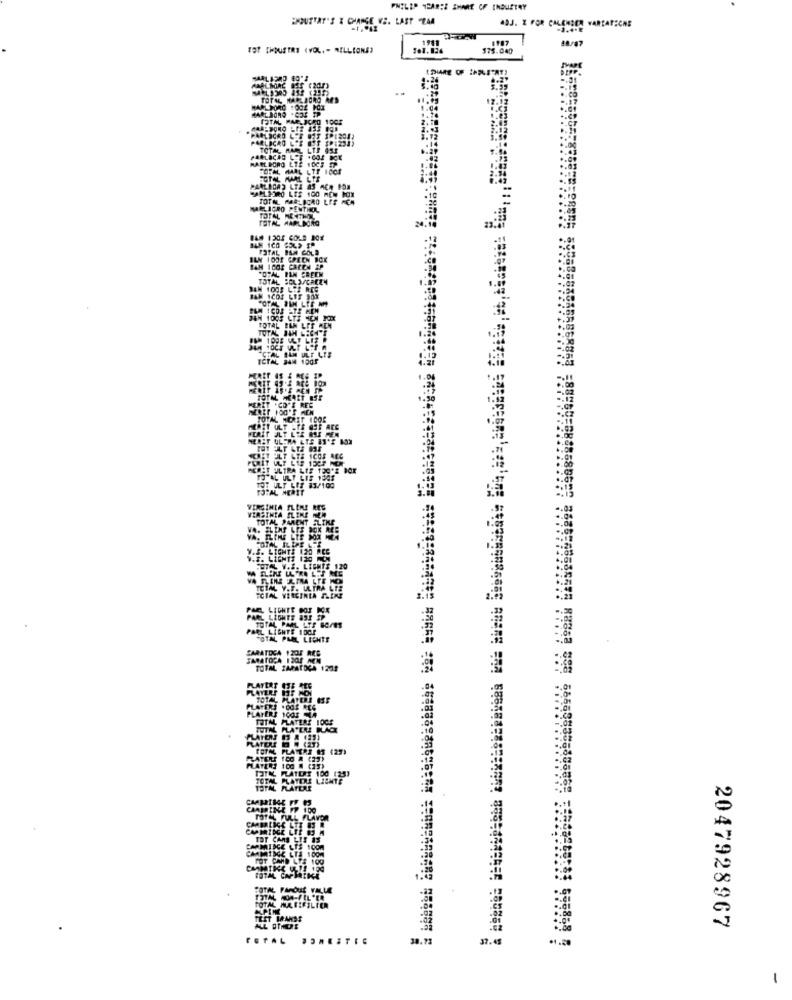
PHILIP YCARTE SHARE OF INDUSTRY
ENOUTTAT'S E CHANGE VE. LAST "ZAA
ADJ. X FOR CALENSEA WAREARECHE
-3.4.E
1911
TOT CHOUETRE (VOL, - MILLIONS)
175.040
12.12
--
PARLIGAS LTA AS ACH BOM
HAMLPRO LIS 100 HON CON
TOTAL MARLBORO LES REN
CLICRO PENTI
FOTAL
TOTAL
BAN 1005
VIRGINIA FLERE RES
VERSTHEA SLEME
TOTAL PARENT -LIKE
V.S. LIGHTS 120 RCC
V.I. LIGHTS 120 FOI
HOTAL V.I. LIGNES 120
CIAL Y.S. ULTRA LTE
TOTAL VIRGINIA SLIKE
NEL LIGHTE GOR DOE
PARL LIGHTT &SI SP
PROL LIGHTS 1 DCI
TOTAL PMIL LICHTS
SARATOGA 1205 ME
TOTAL ZAPATOCA 1221
PLAYERS OTE REE
TOTAL HATERE IST
PLAYERS 1003 54
TOTAL, PLATERS IDGE
TOTAL PLATTRE OS (29)
LATERE 100 & (23)
PLATERS 100 M (25)
TOTAL PLATERE LICHTE
TOTAL PLATEAR
CABINE
TOTAL CHFBRIKE
TOTAL PARQUE VALUE
TOTAL MAFIFILTER
TEST MANDS
2047928967
TOTAL
10.73
37.45
*1.20